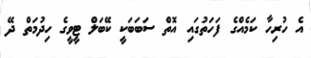
އެ ހުރިހާ ކަމެއްގެ ފަހަތުގައި އޮތް ސަބަބަކީ ކޭބަލް ޓީވީގެ ހިދުމަތް ދޭ